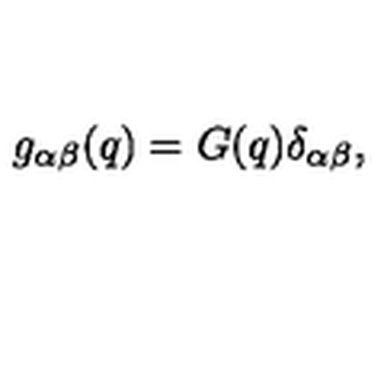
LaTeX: g _ { \alpha \beta } ( q ) = G ( q ) \delta _ { \alpha \beta } ,